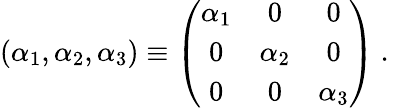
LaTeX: (\alpha_{1},\alpha_{2},\alpha_{3})\equiv\left(\begin{array}{ccc}{{\alpha_{1}}}&{{0}}&{{0}}\\ {{0}}&{{\alpha_{2}}}&{{0}}\\ {{0}}&{{0}}&{{\alpha_{3}}}\end{array}\right)~.~\,